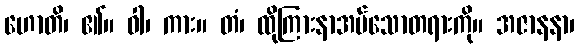
ဟောတိ၊ ၏။ ဝါ၊ ကား။ တံ၊ ထိုကြားနာအပ်သောတရားကို။ အဇာနနာ၊